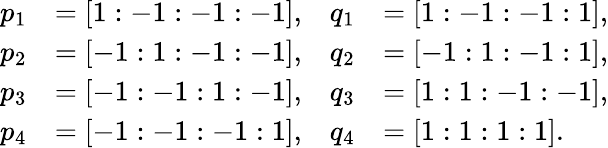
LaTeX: \begin{array}{rl}{p_{1}}&{=[1:-1:-1:-1],}\\ {p_{2}}&{=[-1:1:-1:-1],}\\ {p_{3}}&{=[-1:-1:1:-1],}\\ {p_{4}}&{=[-1:-1:-1:1],}\end{array}\quad\begin{array}{rl}{q_{1}}&{=[1:-1:-1:1],}\\ {q_{2}}&{=[-1:1:-1:1],}\\ {q_{3}}&{=[1:1:-1:-1],}\\ {q_{4}}&{=[1:1:1:1].}\end{array}